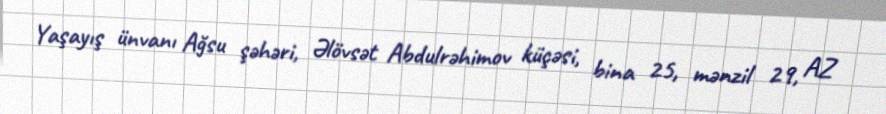
Yaşayış ünvanı Ağsu şəhəri, Əlövsət Abdulrəhimov küçəsi, bina 25, mənzil 29, AZ